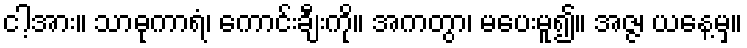
ငါ့အား။ သာဓုကာရံ၊ ကောင်းချီးကို။ အကတွာ၊ မပေးမူ၍။ အဇ္ဇ၊ ယနေ့မှ။